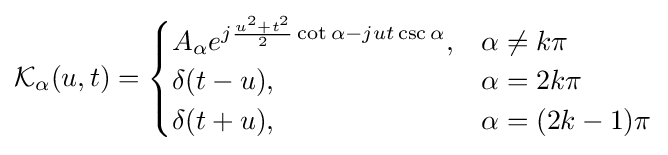
{\mathcal {K}}_{\alpha }(u,t)={\begin{cases}A_{\alpha }e^{j{\frac {u^{2}+t^{2}}{2}}\cot \alpha -jut\csc \alpha },&\alpha \neq k\pi \\\delta (t-u),&\alpha =2k\pi \\\delta (t+u),&\alpha =(2k-1)\pi \\\end{cases}}